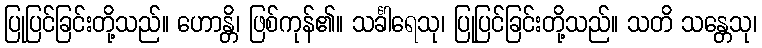
ပြုပြင်ခြင်းတို့သည်။ ဟောန္တိ၊ ဖြစ်ကုန်၏။ သင်္ခါရေသု၊ ပြုပြင်ခြင်းတို့သည်။ သတိ သန္တေသု၊